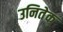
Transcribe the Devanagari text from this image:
उनितेक